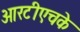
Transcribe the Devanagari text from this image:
आरटीएचके